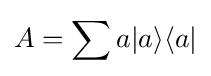
A=\sum a|a\rangle \langle a|